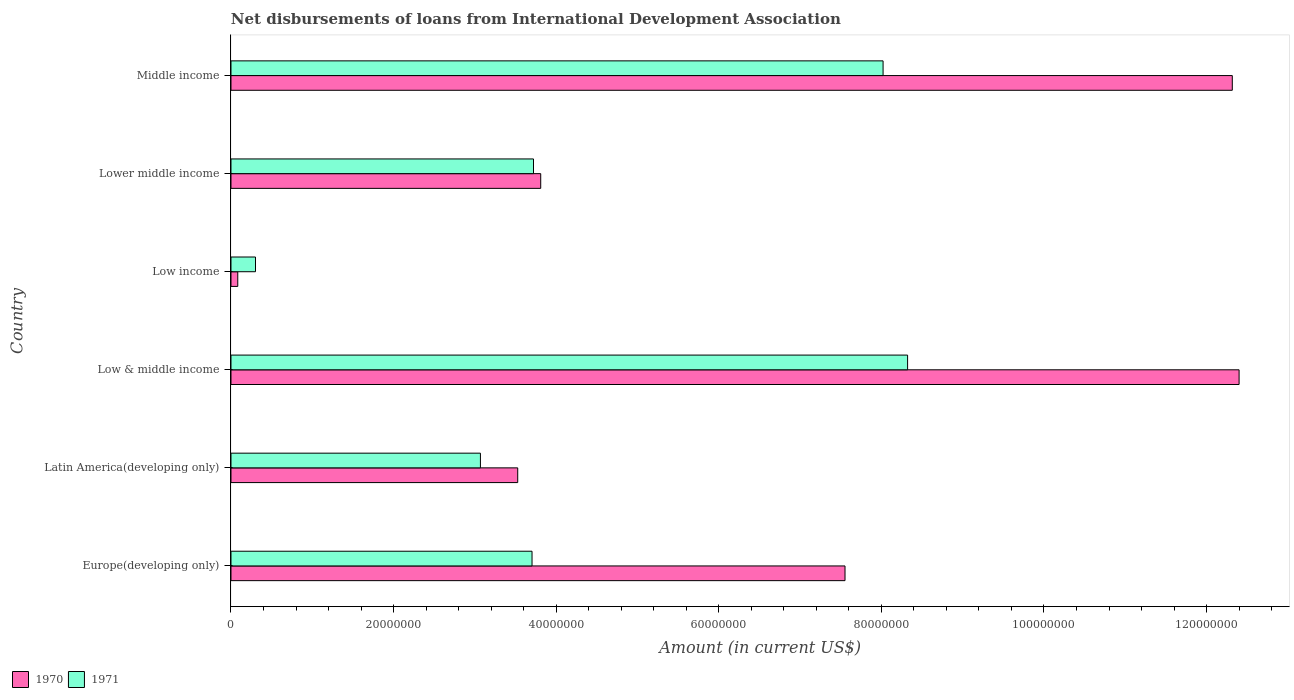
| Country | 1970 | 1971 |
 | --- | --- | --- |
 | Europe(developing only) | 7.55e+07 | 3.7e+07 |
 | Latin America(developing only) | 3.53e+07 | 3.07e+07 |
 | Low & middle income | 1.24e+08 | 8.32e+07 |
 | Low income | 8.35e+05 | 3.02e+06 |
 | Lower middle income | 3.81e+07 | 3.72e+07 |
 | Middle income | 1.23e+08 | 8.02e+07 |